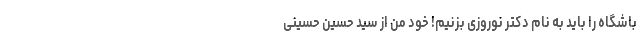
باشگاه را باید به نام دکتر نوروزی بزنیم! خود من از سید حسین حسینی